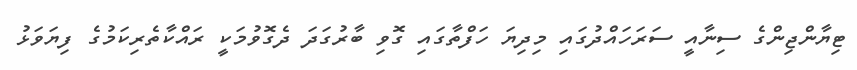
ޓިޔާންޖިންގެ ސިނާއީ ސަރަހައްދުގައި މިދިޔަ ހަފްތާގައި ގޮވި ބާރުގަދަ ދެގޮވުމަކީ ރައްކާތެރިކަމުގެ ފިޔަވަޅު